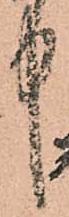
中